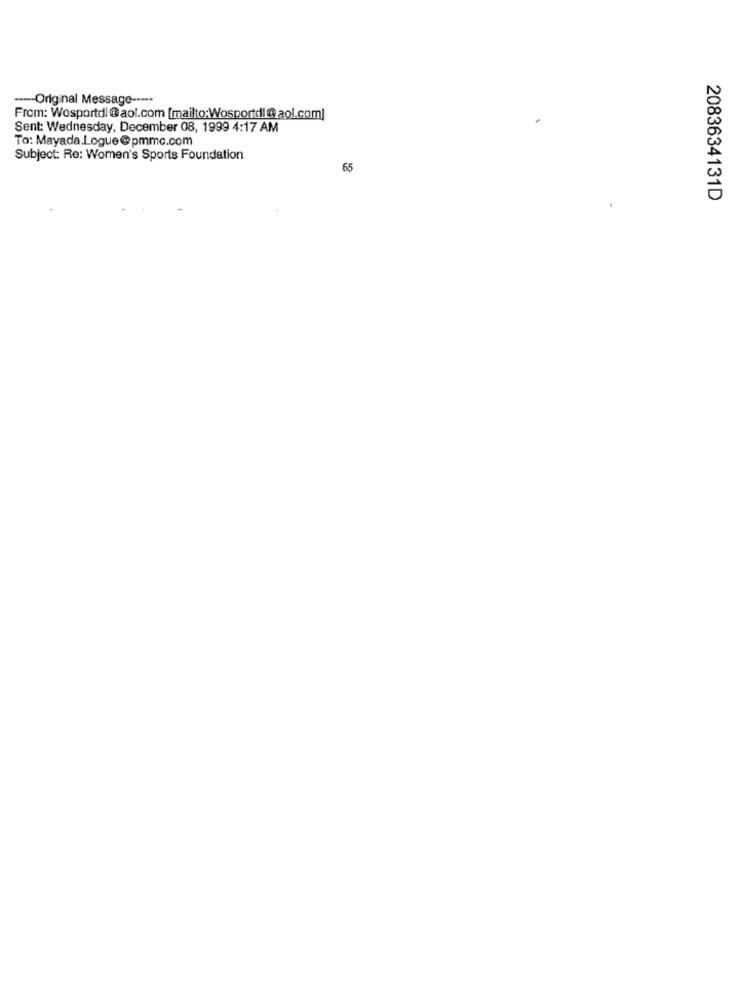
---- Original Message ---··
From: Wosportdl@aol.com [mailto:Wosportdi@ aol.com]
Sent: Wednesday, December 08, 1999 4:17 AM
To: Mayada.Logue@pmmc.com
Subject: Re: Women's Sports Foundation
65
2083634131D